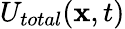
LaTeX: U_{total}(\textbf{x},t)